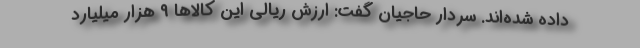
داده شده‌اند. سردار حاجیان گفت:‌ ارزش ریالی این کالاها ۹ هزار میلیارد